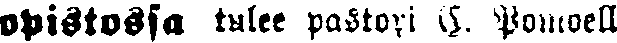
opistossa tulee pastori E. Pomoell